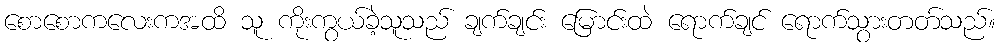
စောစောကလေးကအထိ သူ ကိုးကွယ်ခဲ့သူသည် ချက်ချင်း မြောင်းထဲ ရောက်ချင် ရောက်သွားတတ်သည်။